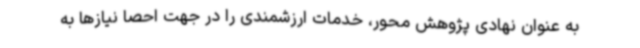
به عنوان نهادی پژوهش محور، خدمات ارزشمندی را در جهت احصا نیازها به